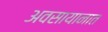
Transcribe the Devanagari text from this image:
अवसायानात